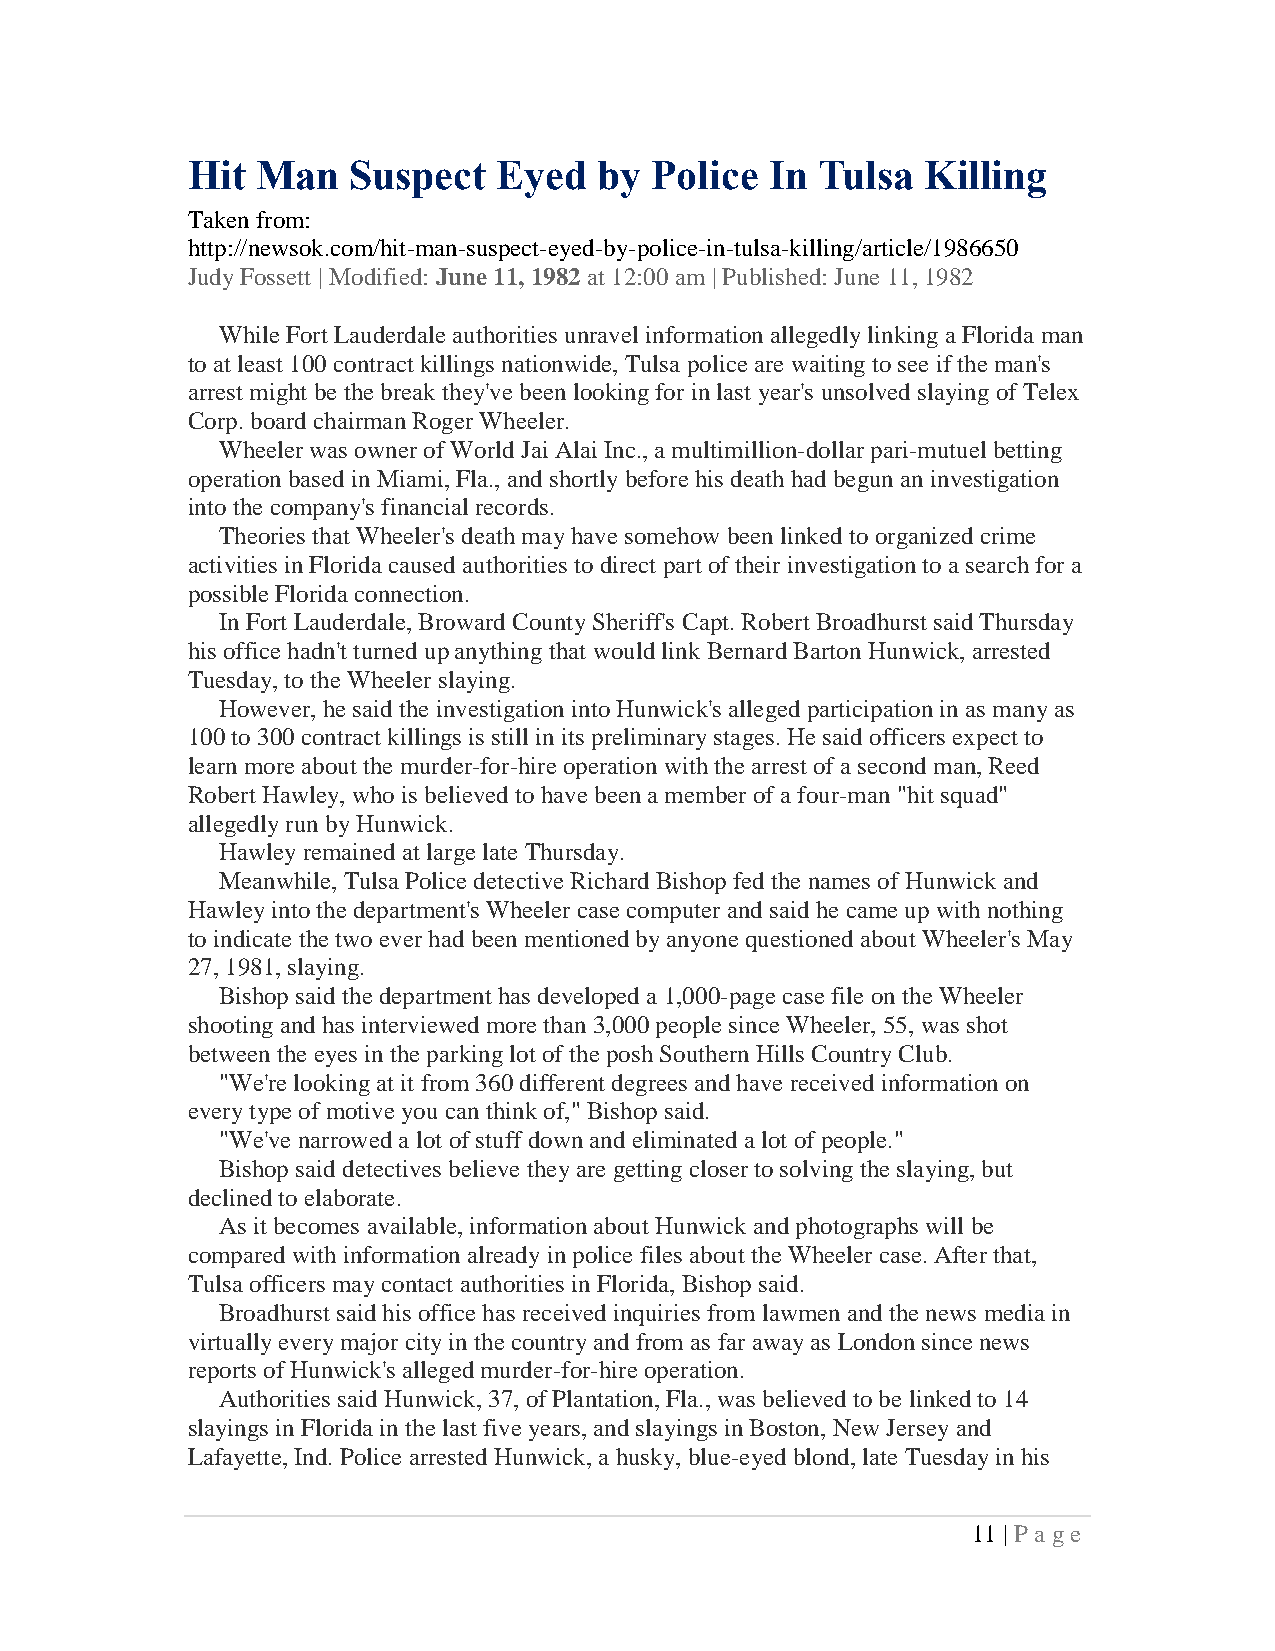
Hit  Man   Suspect   Eyed   by Police  In Tulsa  Killing
 Taken from:
 http://newsok.com/hit-man-suspect-eyed-by-police-in-tulsa-killing/article/1986650
 Judy Fossett | Modified: June 11, 1982 at 12:00 am | Published: June 11, 1982
 While Fort Lauderdale authorities unravel information allegedly linking a Florida man
 to at least 100 contract killings nationwide, Tulsa police are waiting to see if the man's
 arrest might be the break they've been looking for in last year's unsolved slaying of Telex
 Corp. board chairman Roger Wheeler.
 Wheeler was owner of World Jai Alai Inc., a multimillion-dollar pari-mutuel betting
 operation based in Miami, Fla., and shortly before his death had begun an investigation
 into the company's financial records.
 Theories that Wheeler's death may have somehow been linked to organized crime
 activities in Florida caused authorities to direct part of their investigation to a search for a
 possible Florida connection.
 In Fort Lauderdale, Broward County Sheriff's Capt. Robert Broadhurst said Thursday
 his office hadn't turned up anything that would link Bernard Barton Hunwick, arrested
 Tuesday, to the Wheeler slaying.
 However, he said the investigation into Hunwick's alleged participation in as many as
 100 to 300 contract killings is still in its preliminary stages. He said officers expect to
 learn more about the murder-for-hire operation with the arrest of a second man, Reed
 Robert Hawley, who is believed to have been a member of a four-man "hit squad"
 allegedly run by Hunwick.
 Hawley remained at large late Thursday.
 Meanwhile, Tulsa Police detective Richard Bishop fed the names of Hunwick and
 Hawley into the department's Wheeler case computer and said he came up with nothing
 to indicate the two ever had been mentioned by anyone questioned about Wheeler's May
 27, 1981, slaying.
 Bishop said the department has developed a 1,000-page case file on the Wheeler
 shooting and has interviewed more than 3,000 people since Wheeler, 55, was shot
 between the eyes in the parking lot of the posh Southern Hills Country Club.
 "We're looking at it from 360 different degrees and have received information on
 every type of motive you can think of," Bishop said.
 "We've narrowed a lot of stuff down and eliminated a lot of people."
 Bishop said detectives believe they are getting closer to solving the slaying, but
 declined to elaborate.
 As it becomes available, information about Hunwick and photographs will be
 compared with information already in police files about the Wheeler case. After that,
 Tulsa officers may contact authorities in Florida, Bishop said.
 Broadhurst said his office has received inquiries from lawmen and the news media in
 virtually every major city in the country and from as far away as London since news
 reports of Hunwick's alleged murder-for-hire operation.
 Authorities said Hunwick, 37, of Plantation, Fla., was believed to be linked to 14
 slayings in Florida in the last five years, and slayings in Boston, New Jersey and
 Lafayette, Ind. Police arrested Hunwick, a husky, blue-eyed blond, late Tuesday in his
 11 | P a ge